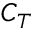
C _ { T }